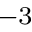
^ { - 3 }